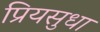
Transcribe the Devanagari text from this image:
प्रियसुधा